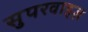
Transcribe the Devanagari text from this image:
सुपरवाइज़